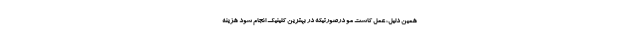
همین دلیل، عمل کاشت مو درصورتیکه در بهترین کلینیک انجام شود هزینه